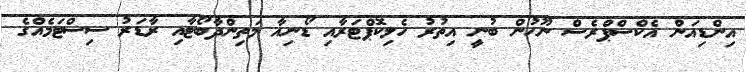
އިންޑިއަން އެކްސްޕްރެސް ނޫހުން ބުނީ އިތުރު ހެލިކޮޕްޓަރާއި ޑޯނިއާ މަތިންދާބޯޓާއި ރާޑަރު ސިސްޓަމެއްގެ